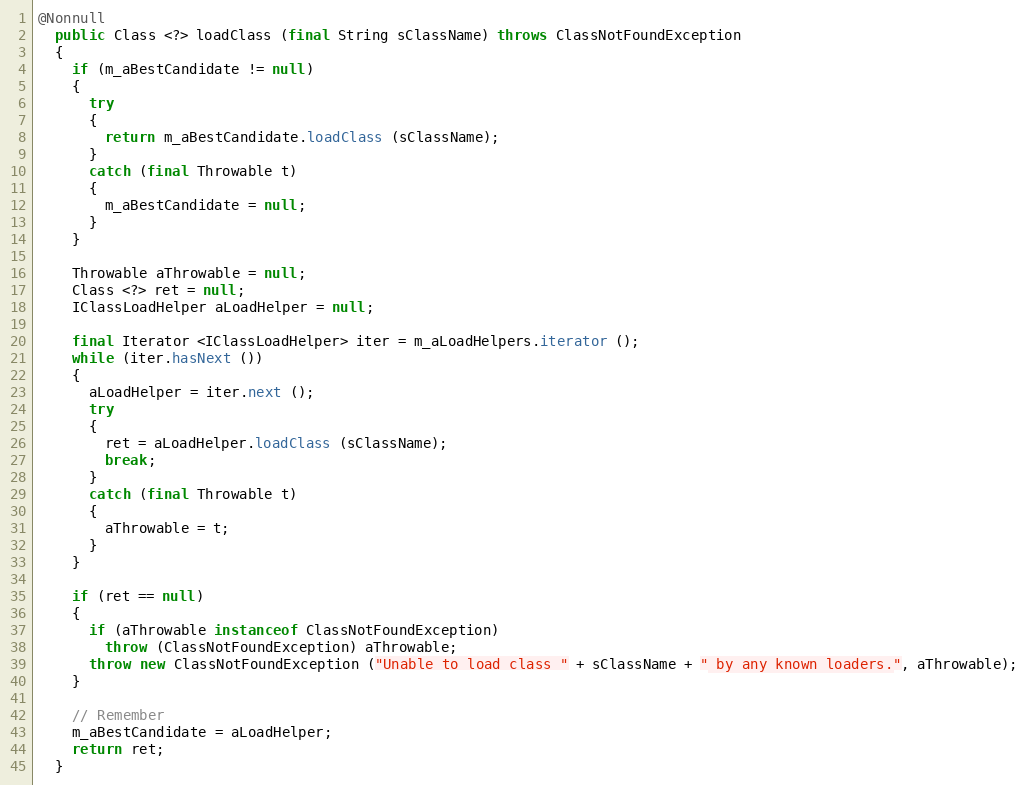
Language: Java
@Nonnull
  public Class <?> loadClass (final String sClassName) throws ClassNotFoundException
  {
    if (m_aBestCandidate != null)
    {
      try
      {
        return m_aBestCandidate.loadClass (sClassName);
      }
      catch (final Throwable t)
      {
        m_aBestCandidate = null;
      }
    }

    Throwable aThrowable = null;
    Class <?> ret = null;
    IClassLoadHelper aLoadHelper = null;

    final Iterator <IClassLoadHelper> iter = m_aLoadHelpers.iterator ();
    while (iter.hasNext ())
    {
      aLoadHelper = iter.next ();
      try
      {
        ret = aLoadHelper.loadClass (sClassName);
        break;
      }
      catch (final Throwable t)
      {
        aThrowable = t;
      }
    }

    if (ret == null)
    {
      if (aThrowable instanceof ClassNotFoundException)
        throw (ClassNotFoundException) aThrowable;
      throw new ClassNotFoundException ("Unable to load class " + sClassName + " by any known loaders.", aThrowable);
    }

    // Remember
    m_aBestCandidate = aLoadHelper;
    return ret;
  }